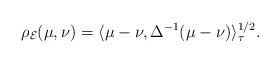
LaTeX: \begin{gather*}\rho_{\mathcal E}(\mu, \nu)=\langle\mu-\nu, \Delta^{-1}(\mu-\nu)\rangle_\tau^{1/2}.\end{gather*}